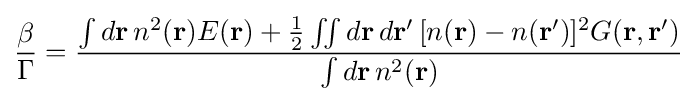
{\frac {\beta }{\Gamma }}={\frac {\int d\mathbf {r} \,n^{2}(\mathbf {r} )E(\mathbf {r} )+{\frac {1}{2}}\iint d\mathbf {r} \,d\mathbf {r} '\,[n(\mathbf {r} )-n(\mathbf {r} ')]^{2}G(\mathbf {r} ,\mathbf {r} ')}{\int d\mathbf {r} \,n^{2}(\mathbf {r} )}}